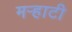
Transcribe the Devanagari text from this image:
मर्‍हाटी